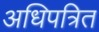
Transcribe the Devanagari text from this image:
अधिपत्रित